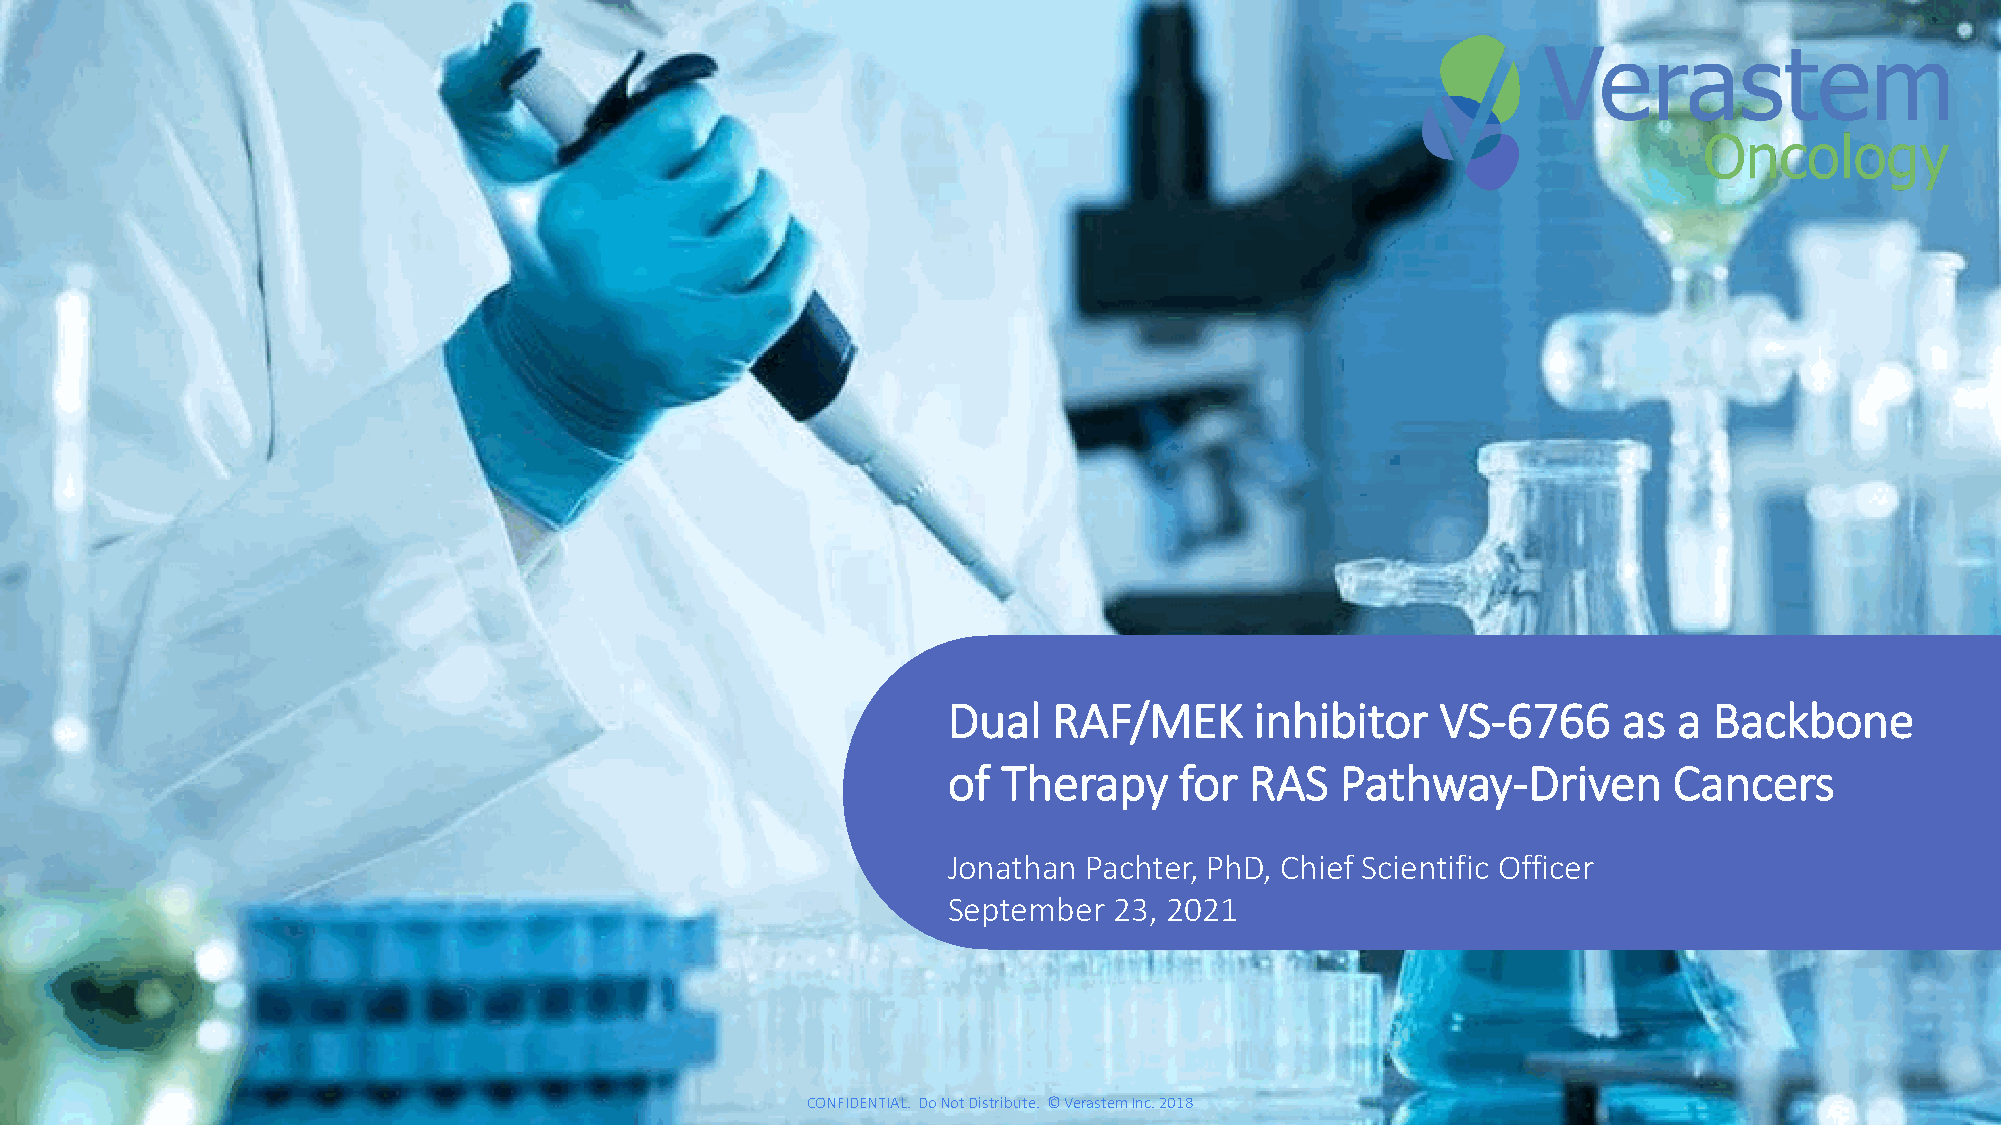
1
 Dual   RAF/MEK      inhibitor   VS-6766     as  a Backbone
 of Therapy     for  RAS   Pathway-Driven        Cancers
 Jonathan Pachter, PhD, Chief Scientific Officer
 September  23, 2021
 CCOONNFFIIDDEENNTTIIAALL.. DDoo NNoott DDiissttrriibbuuttee.. ©© VVeerraasstteemm IInncc.. 22001188